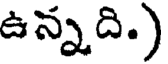
ఉన్నది.)